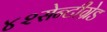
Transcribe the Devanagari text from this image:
४२सेन्टीग्रेड